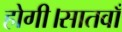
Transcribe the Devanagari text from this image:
होगी।सातवाँ